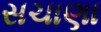
સચાણા